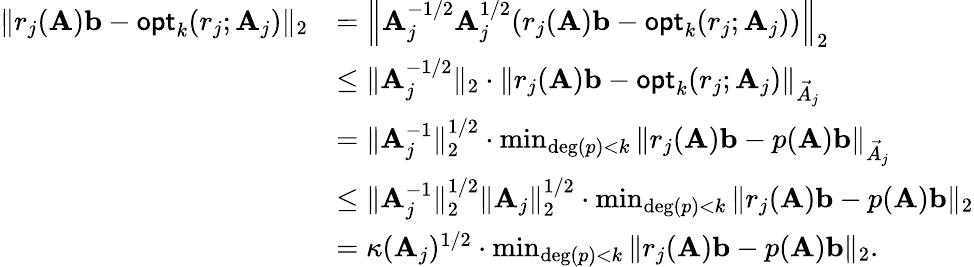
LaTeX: \begin{array}{rl}{\| r_{j}(\mathbf{A})\mathbf{b}-\mathsf{opt}_{k}(r_{j};\mathbf{A}_{j})\| _{2}}&{=\left\| \mathbf{A}_{j}^{-1/2}\mathbf{A}_{j}^{1/2}(r_{j}(\mathbf{A})\mathbf{b}-\mathsf{opt}_{k}(r_{j};\mathbf{A}_{j}))\right\| _{2}}\\ &{\leq\| \mathbf{A}_{j}^{-1/2}\| _{2}\cdot\| r_{j}(\mathbf{A})\mathbf{b}-\mathsf{opt}_{k}(r_{j};\mathbf{A}_{j})\| _{\vec{A}_{j}}}\\ &{=\| \mathbf{A}_{j}^{-1}\| _{2}^{1/2}\cdot\operatorname*{min}_{\mathrm{deg}(p)<k}\| r_{j}(\mathbf{A})\mathbf{b}-p(\mathbf{A})\mathbf{b}\| _{\vec{A}_{j}}}\\ &{\leq\| \mathbf{A}_{j}^{-1}\| _{2}^{1/2}\| \mathbf{A}_{j}\| _{2}^{1/2}\cdot\operatorname*{min}_{\mathrm{deg}(p)<k}\| r_{j}(\mathbf{A})\mathbf{b}-p(\mathbf{A})\mathbf{b}\| _{2}}\\ &{=\kappa(\mathbf{A}_{j})^{1/2}\cdot\operatorname*{min}_{\mathrm{deg}(p)<k}\| r_{j}(\mathbf{A})\mathbf{b}-p(\mathbf{A})\mathbf{b}\| _{2}.}\end{array}